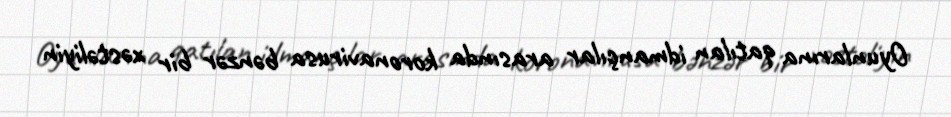
Oyunlarına qatılan idmançılar arasında koronavirusa bənzər bir xəstəliyin